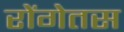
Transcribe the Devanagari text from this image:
रोंगेतस